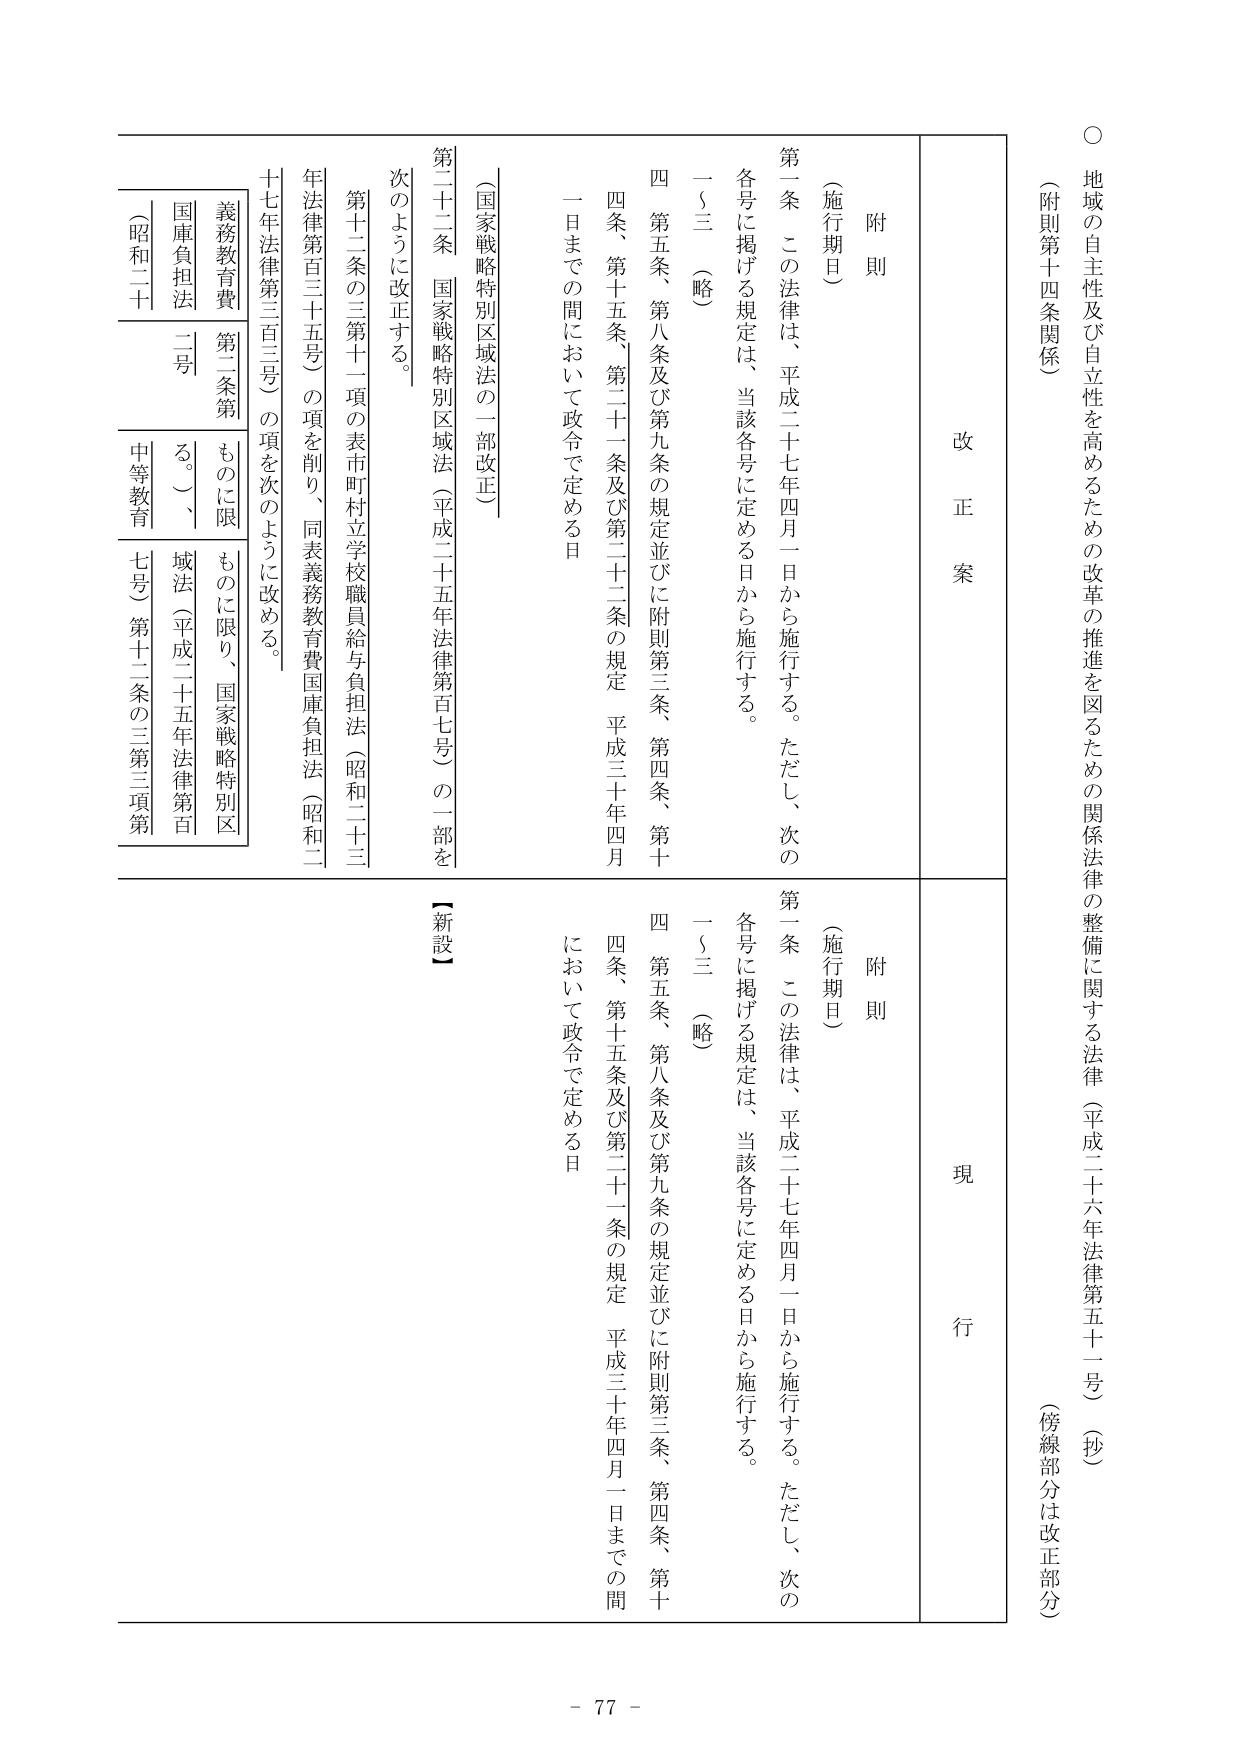
○ 地域の自主性及び自立性を高めるための改革の推進を図るための関係法律の整備に関する法律（平成二十六年法律第五十一号）（抄）
（傍線部分は改正部分）
（附則第十四条関係）

改正案
附則
（施行期日）
第一条 この法律は、平成二十七年四月一日から施行する。ただし、次の各号に掲げる規定は、当該各号に定める日から施行する。
一～三 （略）
四 第五条、第八条及び第九条の規定並びに附則第三条、第四条、第十条、第十五条、第二十一条及び第二十二条の規定 平成三十年四月一日までの間において政令で定める日

（国家戦略特別区域法の一部改正）
第二十二条 国家戦略特別区域法（平成二十五年法律第百七号）の一部を次のように改正する。
第十二条の三第十一項の表市町村立学校職員給与負担法（昭和二十三年法律第百三十五号）の項を削り、同表義務教育費国庫負担法（昭和二十七年法律第三百三号）の項を次のように改める。
義務教育費 第二条第一項の規定により、国家戦略特別区域法（平成二十五年法律第百七号）第十二条の三第三項第一号に規定するものに限る。
国庫負担法 二号
（昭和二十七年法律第三百三号）
中等教育

現行
附則
（施行期日）
第一条 この法律は、平成二十七年四月一日から施行する。ただし、次の各号に掲げる規定は、当該各号に定める日から施行する。
一～三 （略）
四 第五条、第八条及び第九条の規定並びに附則第三条、第四条、第十条、第十五条及び第二十一条の規定 平成三十年四月一日までの間において政令で定める日

【新設】

- 77 -